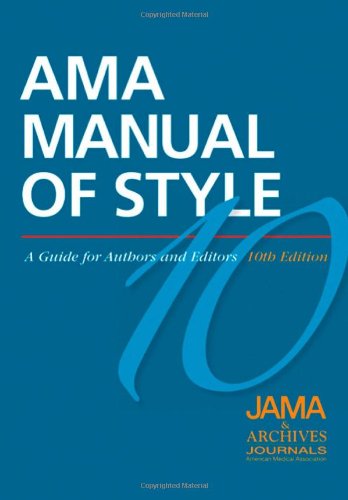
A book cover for AMA Manual of Style: A Guide for Authors and Editors; JAMA & Archives Journals; Medical Books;